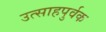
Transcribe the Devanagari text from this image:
उत्साहपुर्वक